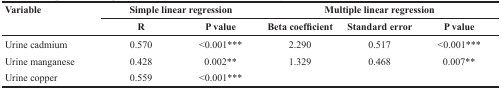
| Variable | <COLSPAN=2> Simple linear regression | <COLSPAN=3> Multiple linear regression |
 |  | R | P value | Beta coefficient | Standard error | P value |
 | --- | --- | --- | --- | --- | --- |
 | Urine cadmium | 0.570 | <0.001*** | 2.290 | 0.517 | <0.001*** |
 | Urine manganese | 0.428 | 0.002** | 1.329 | 0.468 | 0.007** |
 | Urine copper | 0.559 | <0.001*** |  |  |  |